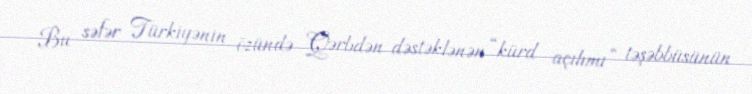
Bu səfər Türkiyənin özündə Qərbdən dəstəklənən “kürd açılımı” təşəbbüsünün